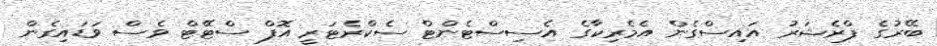
ބޭރުގެ ޕްރެޝަރު އައިސްގެން އެމެރިކާގެ އެސިސްޓެންޓް ސެކްރެޓަރީ އޮފް ސްޓޭޓް ވެސް ވަޑައިގެން